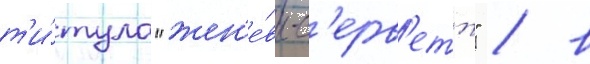
т'и́тула "жен'е́вы-с'ерв'етт" / в